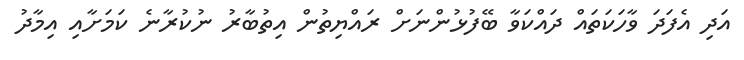
އަދި އެފަދަ ވާހަކަތައް ދައްކަވާ ބޭފުޅުންނަށް ރައްޔިތުން އިތުބާރު ނުކުރާނެ ކަމަށާއި އިމާދު